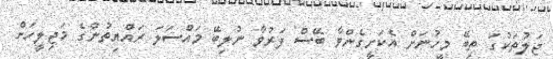
ޖަލުތަކުގަަ ތިބޭ މީހުނަށް އެކަށީގެންވާ ބޭސް ފަރުވާ ނުލިބޭ މައްސަލަ ރައްޔިތުންގެ މަޖިލީހަށް